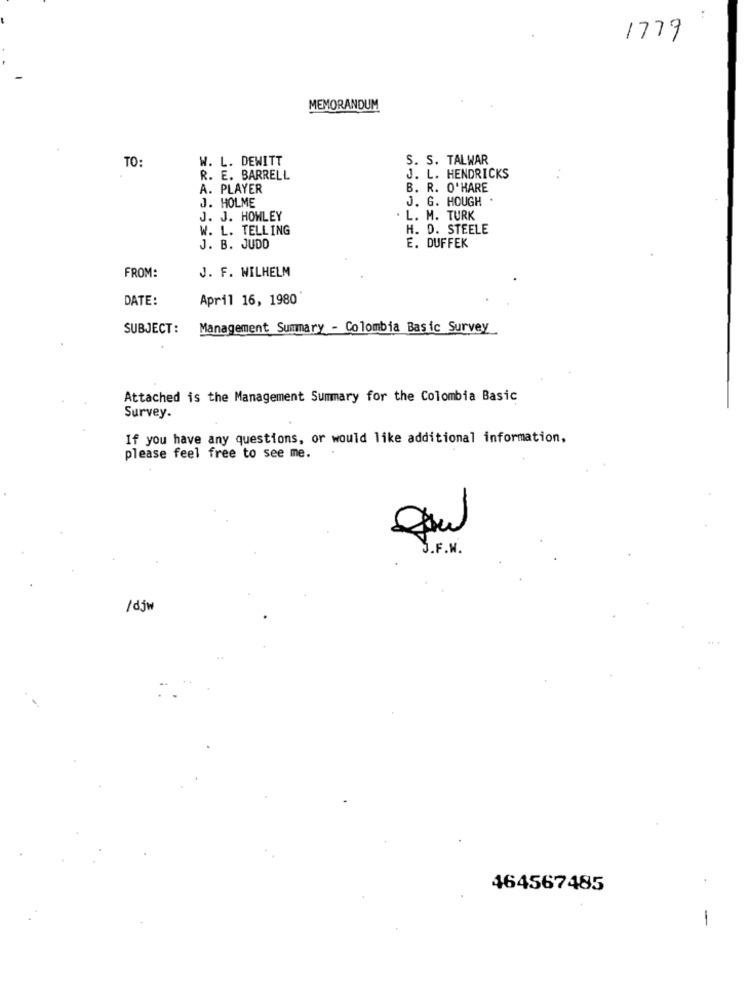
1779
MEMORANDUM
TO:
W. L. DEWITT
S. S. TALWAR
R. E. BARRELL
J. L. HENDRICKS
..
A. PLAYER
B. R. O'HARE
J. G. HOUGH
J. HOLME
J. J. HOWLEY
L. M. TURK
W. L. TELLING
H. D. STEELE
J. B. JUDD
E. DUFFEK
FROM:
J. F. WILHELM
DATE:
April 16, 1980
SUBJECT:
Management Summary - Colombia Basic Survey
Attached is the Management Summary for the Colombia Basic
Survey.
If you have any questions, or would like additional information,
please feel free to see me.
J.F.W.
/djw
464567485
-